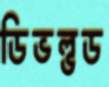
ডিভল্ভড